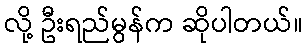
လို့ ဦးရည်မွန်က ဆိုပါတယ်။